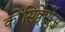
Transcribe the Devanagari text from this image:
कोंसिक्वेंसेज़